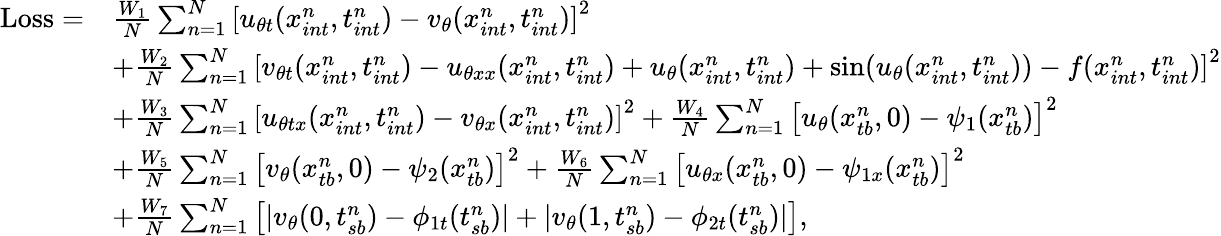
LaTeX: \begin{array}{rl}{\mathrm{Loss}=}&{\frac{W_{1}}{N}\sum_{n=1}^{N}\left[u_{\theta t}(x_{int}^{n},t_{int}^{n})-v_{\theta}(x_{int}^{n},t_{int}^{n})\right]^{2}}\\ &{+\frac{W_{2}}{N}\sum_{n=1}^{N}\left[v_{\theta t}(x_{int}^{n},t_{int}^{n})-u_{\theta xx}(x_{int}^{n},t_{int}^{n})+u_{\theta}(x_{int}^{n},t_{int}^{n})+\sin(u_{\theta}(x_{int}^{n},t_{int}^{n}))-f(x_{int}^{n},t_{int}^{n})\right]^{2}}\\ &{+\frac{W_{3}}{N}\sum_{n=1}^{N}\left[u_{\theta tx}(x_{int}^{n},t_{int}^{n})-v_{\theta x}(x_{int}^{n},t_{int}^{n})\right]^{2}+\frac{W_{4}}{N}\sum_{n=1}^{N}\left[u_{\theta}(x_{tb}^{n},0)-\psi_{1}(x_{tb}^{n})\right]^{2}}\\ &{+\frac{W_{5}}{N}\sum_{n=1}^{N}\left[v_{\theta}(x_{tb}^{n},0)-\psi_{2}(x_{tb}^{n})\right]^{2}+\frac{W_{6}}{N}\sum_{n=1}^{N}\left[u_{\theta x}(x_{tb}^{n},0)-\psi_{1x}(x_{tb}^{n})\right]^{2}}\\ &{+\frac{W_{7}}{N}\sum_{n=1}^{N}\left[|v_{\theta}(0,t_{sb}^{n})-\phi_{1t}({t_{sb}^{n}})|+|v_{\theta}(1,t_{sb}^{n})-\phi_{2t}({t_{sb}^{n}})|\right],}\end{array}